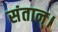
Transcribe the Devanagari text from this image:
संतान्।